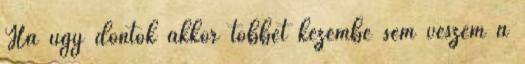
Ha úgy döntök akkor többet kezembe sem veszem a